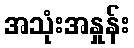
အသုံးအနှုန်း